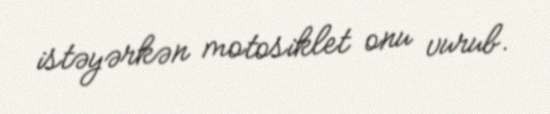
istəyərkən motosiklet onu vurub.